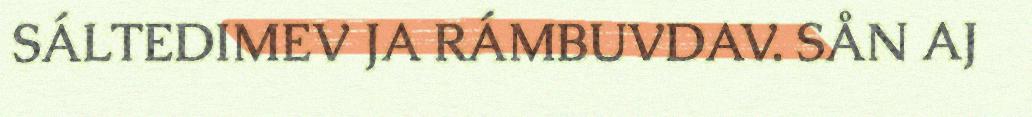
SÁLTEDIMEV JA RÁMBUVDAV. SÅN AJ